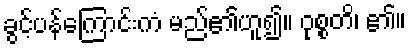
ခွင့်ပန်ကြောင်းကံ မည်၏ဟူ၍။ ဝုစ္စတိ၊ ၏။